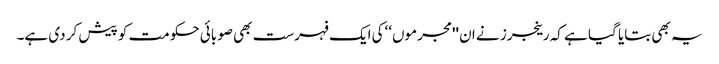
یہ بھی بتایا گیا ہے کہ رینجرز نے ان ''مجرموں‘‘کی ایک فہرست بھی صوبائی حکومت کو پیش کر دی ہے۔